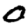
Digit: 0